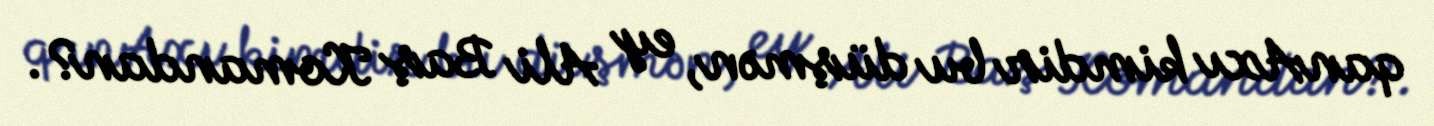
qanAxı kimdir bu düşmən, ey Ali Baş Komandan?.